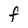
Character: f